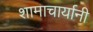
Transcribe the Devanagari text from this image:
शामाचार्यानी